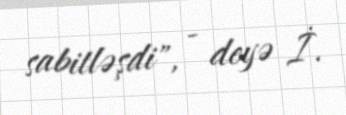
sabitləşdi", - deyə İ.